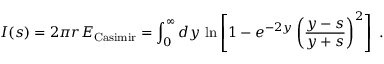
I ( s ) = 2 \pi r E _ { \mathrm { C a s i m i r } } = \int _ { 0 } ^ { \infty } d y \, \ln \left[ 1 - e ^ { - 2 y } \left( { \frac { y - s } { y + s } } \right) ^ { 2 } \right] \ .